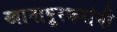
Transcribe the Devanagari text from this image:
खानापूरकरांनी